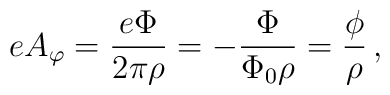
eA_{\varphi} = {e\Phi \over 2\pi\rho} = -{\Phi \over \Phi_{0}\rho}= {\phi\over\rho}\,,